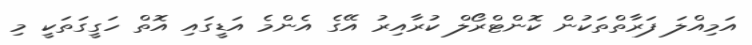
އަމިއްލަ ފަރާތްތަކުން ކޮންޓްރޯލް ކުރާއިރު އޭގެ އެންމެ އަޑީގައި އޮތް ހަގީގަތަކީ މި